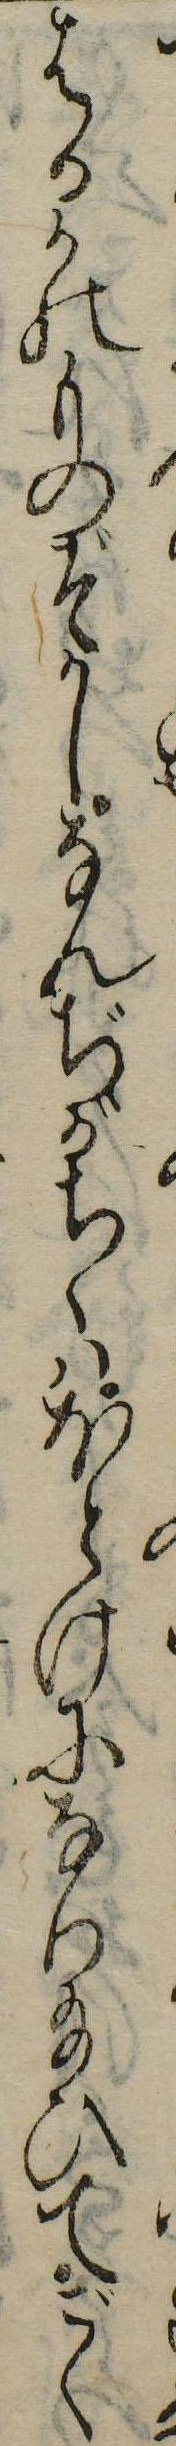
はるかのものぞかしなんぢがちゝはほとけになり給ひてごく